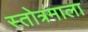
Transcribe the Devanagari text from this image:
स्तोत्रमाला